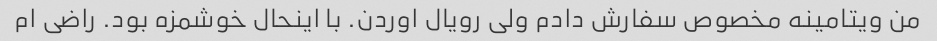
من ویتامینه مخصوص سفارش دادم ولی رویال اوردن. با اینحال خوشمزه بود. راضی ام